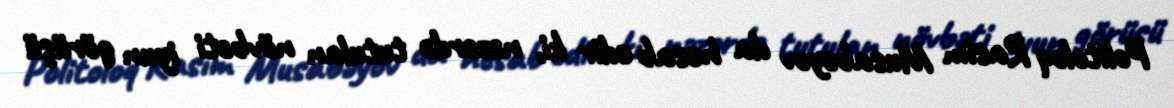
Politoloq Rasim Musabəyov da hesab edir ki, nəzərdə tutulan növbəti iyun görüşü